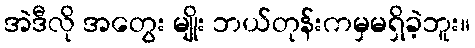
အဲဒီလို အတွေး မျိုး ဘယ်တုန်းကမှမရှိခဲ့ဘူး။